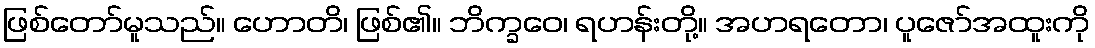
ဖြစ်တော်မူသည်။ ဟောတိ၊ ဖြစ်၏။ ဘိက္ခဝေ၊ ရဟန်းတို့။ အဟရတော၊ ပူဇော်အထူးကို